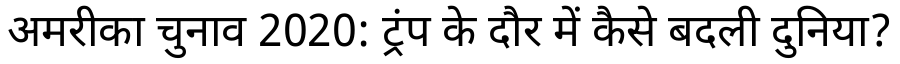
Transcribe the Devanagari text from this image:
अमरीका चुनाव 2020: ट्रंप के दौर में कैसे बदली दुनिया?